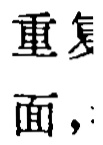
重复面，